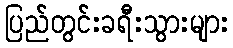
ပြည်တွင်းခရီးသွားများ